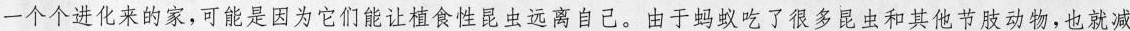
一个个进化来的家，可能是因为它们能让植食性昆虫远离自己。由于蚂蚁吃了很多昆虫和其他节肢动物，也就减